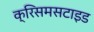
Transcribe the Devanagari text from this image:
क्रिसमसटाइड